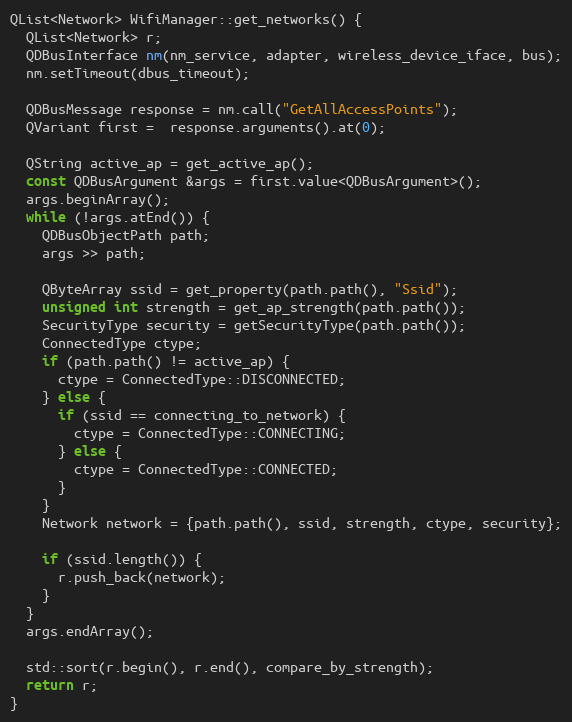
Language: C++
QList<Network> WifiManager::get_networks() {
  QList<Network> r;
  QDBusInterface nm(nm_service, adapter, wireless_device_iface, bus);
  nm.setTimeout(dbus_timeout);

  QDBusMessage response = nm.call("GetAllAccessPoints");
  QVariant first =  response.arguments().at(0);

  QString active_ap = get_active_ap();
  const QDBusArgument &args = first.value<QDBusArgument>();
  args.beginArray();
  while (!args.atEnd()) {
    QDBusObjectPath path;
    args >> path;

    QByteArray ssid = get_property(path.path(), "Ssid");
    unsigned int strength = get_ap_strength(path.path());
    SecurityType security = getSecurityType(path.path());
    ConnectedType ctype;
    if (path.path() != active_ap) {
      ctype = ConnectedType::DISCONNECTED;
    } else {
      if (ssid == connecting_to_network) {
        ctype = ConnectedType::CONNECTING;
      } else {
        ctype = ConnectedType::CONNECTED;
      }
    }
    Network network = {path.path(), ssid, strength, ctype, security};

    if (ssid.length()) {
      r.push_back(network);
    }
  }
  args.endArray();

  std::sort(r.begin(), r.end(), compare_by_strength);
  return r;
}